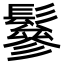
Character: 鬖